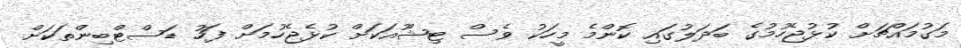
މަގުމައްޗަށް ކުޅުޖެހުމުގެ ބަދަލުގައި ކޮންމެ މީހަކު ވެސް ޓިޝޫއަކަށް ކުޅެޖެހުމަށް ފަހު ޑަސްޓްބިންތަކަށް